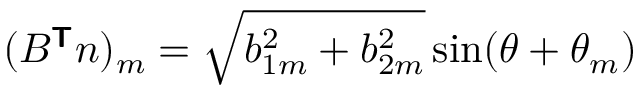
( B ^ { \boldsymbol { \mathsf { T } } } \boldsymbol { n } ) _ { m } = \sqrt { b _ { 1 m } ^ { 2 } + b _ { 2 m } ^ { 2 } } \sin ( \theta + \theta _ { m } )